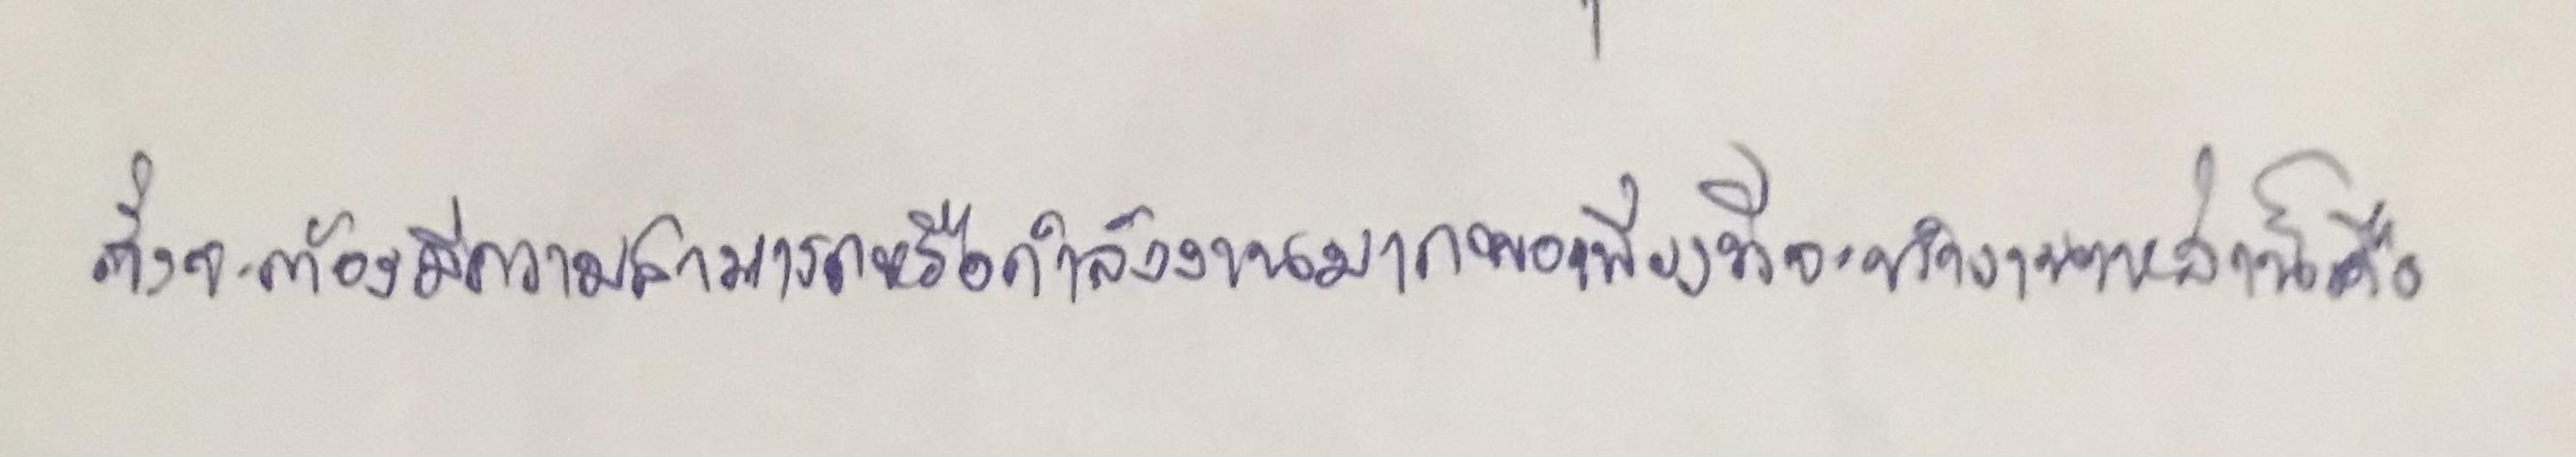
ซึ่งจะต้องมีความสามารถหรือกำลังงานมากพอเพียงที่จะทำงานเหล่านี้คือ